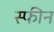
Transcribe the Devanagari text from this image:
स्फीन